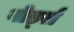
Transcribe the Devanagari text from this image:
वोर्ड्स